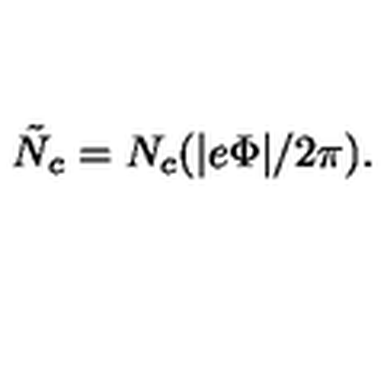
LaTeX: \tilde { N } _ { c } = N _ { c } ( | e \Phi | / 2 \pi ) .